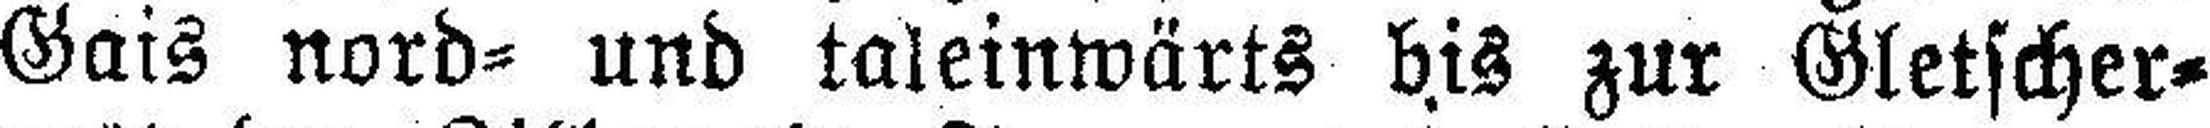
Gais nord= und taleinwärts bis zur Gletscher¬